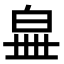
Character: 𤽧